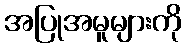
အပြုအမူများကို